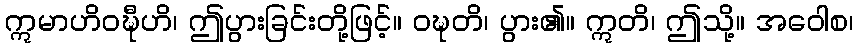
ဣမာဟိဝဍ္ဎီဟိ၊ ဤပွားခြင်းတို့ဖြင့်။ ဝဍ္ဎတိ၊ ပွား၏။ ဣတိ၊ ဤသို့။ အဝေါစ၊